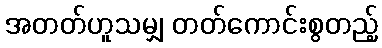
အတတ်ဟူသမျှ တတ်ကောင်းစွတည့်